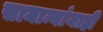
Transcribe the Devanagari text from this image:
सामान्यांनाही